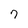
Character: 7